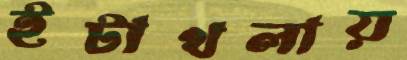
ইটাখলায়